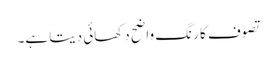
تصوف کا رنگ واضح دکھائی دیتا ہے۔